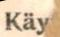
Käy